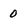
Character: 0